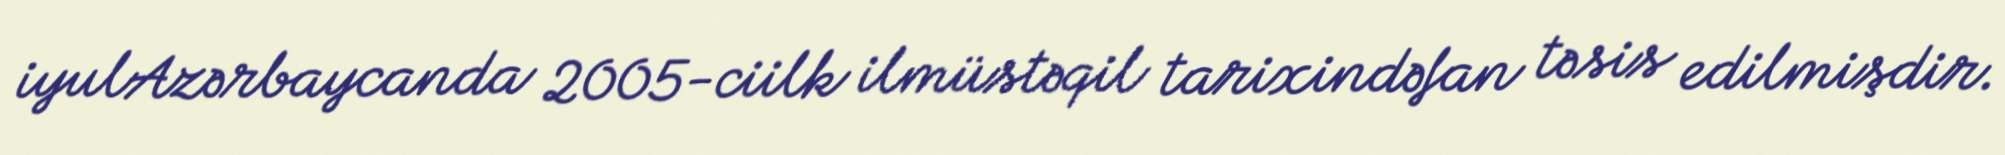
iyulAzərbaycanda 2005-ciilk ilmüstəqil tarixindəfan təsis edilmişdir.